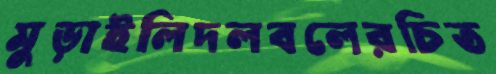
মুড়াইলিদলবলেরচিত